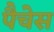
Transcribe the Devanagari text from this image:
पैचेस